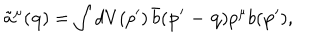
\tilde { a } ^ { \mu } ( { \mathbf { q } } ) = \int d V ( p ^ { \prime } ) \, \bar { b } ( { \mathbf { p ^ { \prime } - q } } ) p ^ { \mu } b ( { \mathbf { p ^ { \prime } } } ) ,